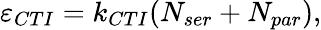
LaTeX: \varepsilon_{CTI}=k_{CTI}(N_{ser}+N_{par}),